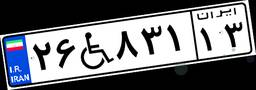
۲۶W۸۳۱۱۳